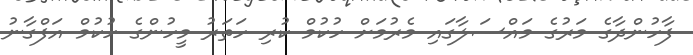
ފާހުންދާގެ މަރުގެ މައްސަލާގައި މެރުމަށް ހުކުމް ކުރި ހަތަރު މީހުންގެ ހުކުމް އަފްގާނު